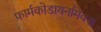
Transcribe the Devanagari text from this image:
फार्मकोडायनमिक्स